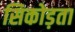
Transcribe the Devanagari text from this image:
सिकोड़ता